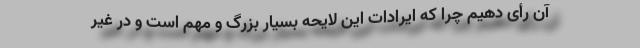
آن رأی دهیم چرا که ایرادات این لایحه بسیار بزرگ و مهم است و در غیر